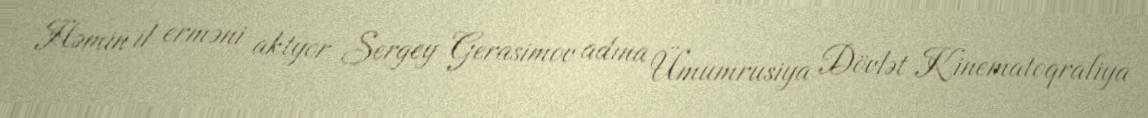
Həmin il erməni aktyor Sergey Gerasimov adına Ümumrusiya Dövlət Kinematoqrafiya